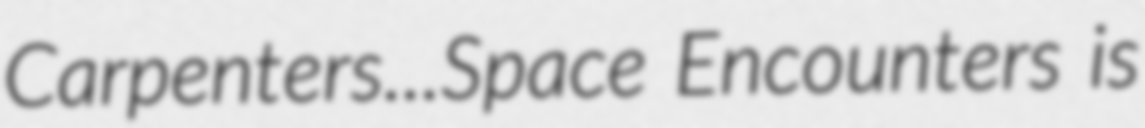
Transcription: Carpenters...Space Encounters is